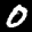
Label: 0